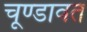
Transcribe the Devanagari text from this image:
चूण्डावत